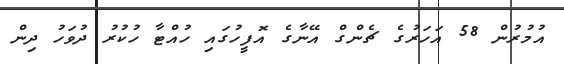
އުމުރުން 58 އަހަރުގެ ޗެންގް އޭނާގެ އޮފީހުގައި ހުއްޓާ ހުކުރު ދުވަހު ދިން